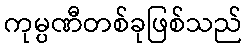
ကုမ္ပဏီတစ်ခုဖြစ်သည်